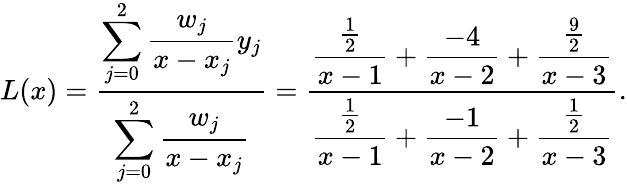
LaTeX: L(x)={\frac{\displaystyle\sum_{j=0}^{2}{\frac{w_{j}}{x-x_{j}}}y_{j}}{\displaystyle\sum_{j=0}^{2}{\frac{w_{j}}{x-x_{j}}}}}={\frac{\displaystyle{\frac{\frac{1}{2}}{x-1}}+{\frac{-4}{x-2}}+{\frac{\frac{9}{2}}{x-3}}}{\displaystyle{\frac{\frac{1}{2}}{x-1}}+{\frac{-1}{x-2}}+{\frac{\frac{1}{2}}{x-3}}}}.